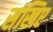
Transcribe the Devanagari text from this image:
संखिए